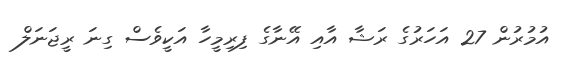
އުމުރުން 27 އަހަރުގެ ރަޝާ އާއި އޭނާގެ ފިރިމީހާ އަކީވެސް ގިނަ ރީޖަނަލް